Lihula_vallavalitsus, lk 6
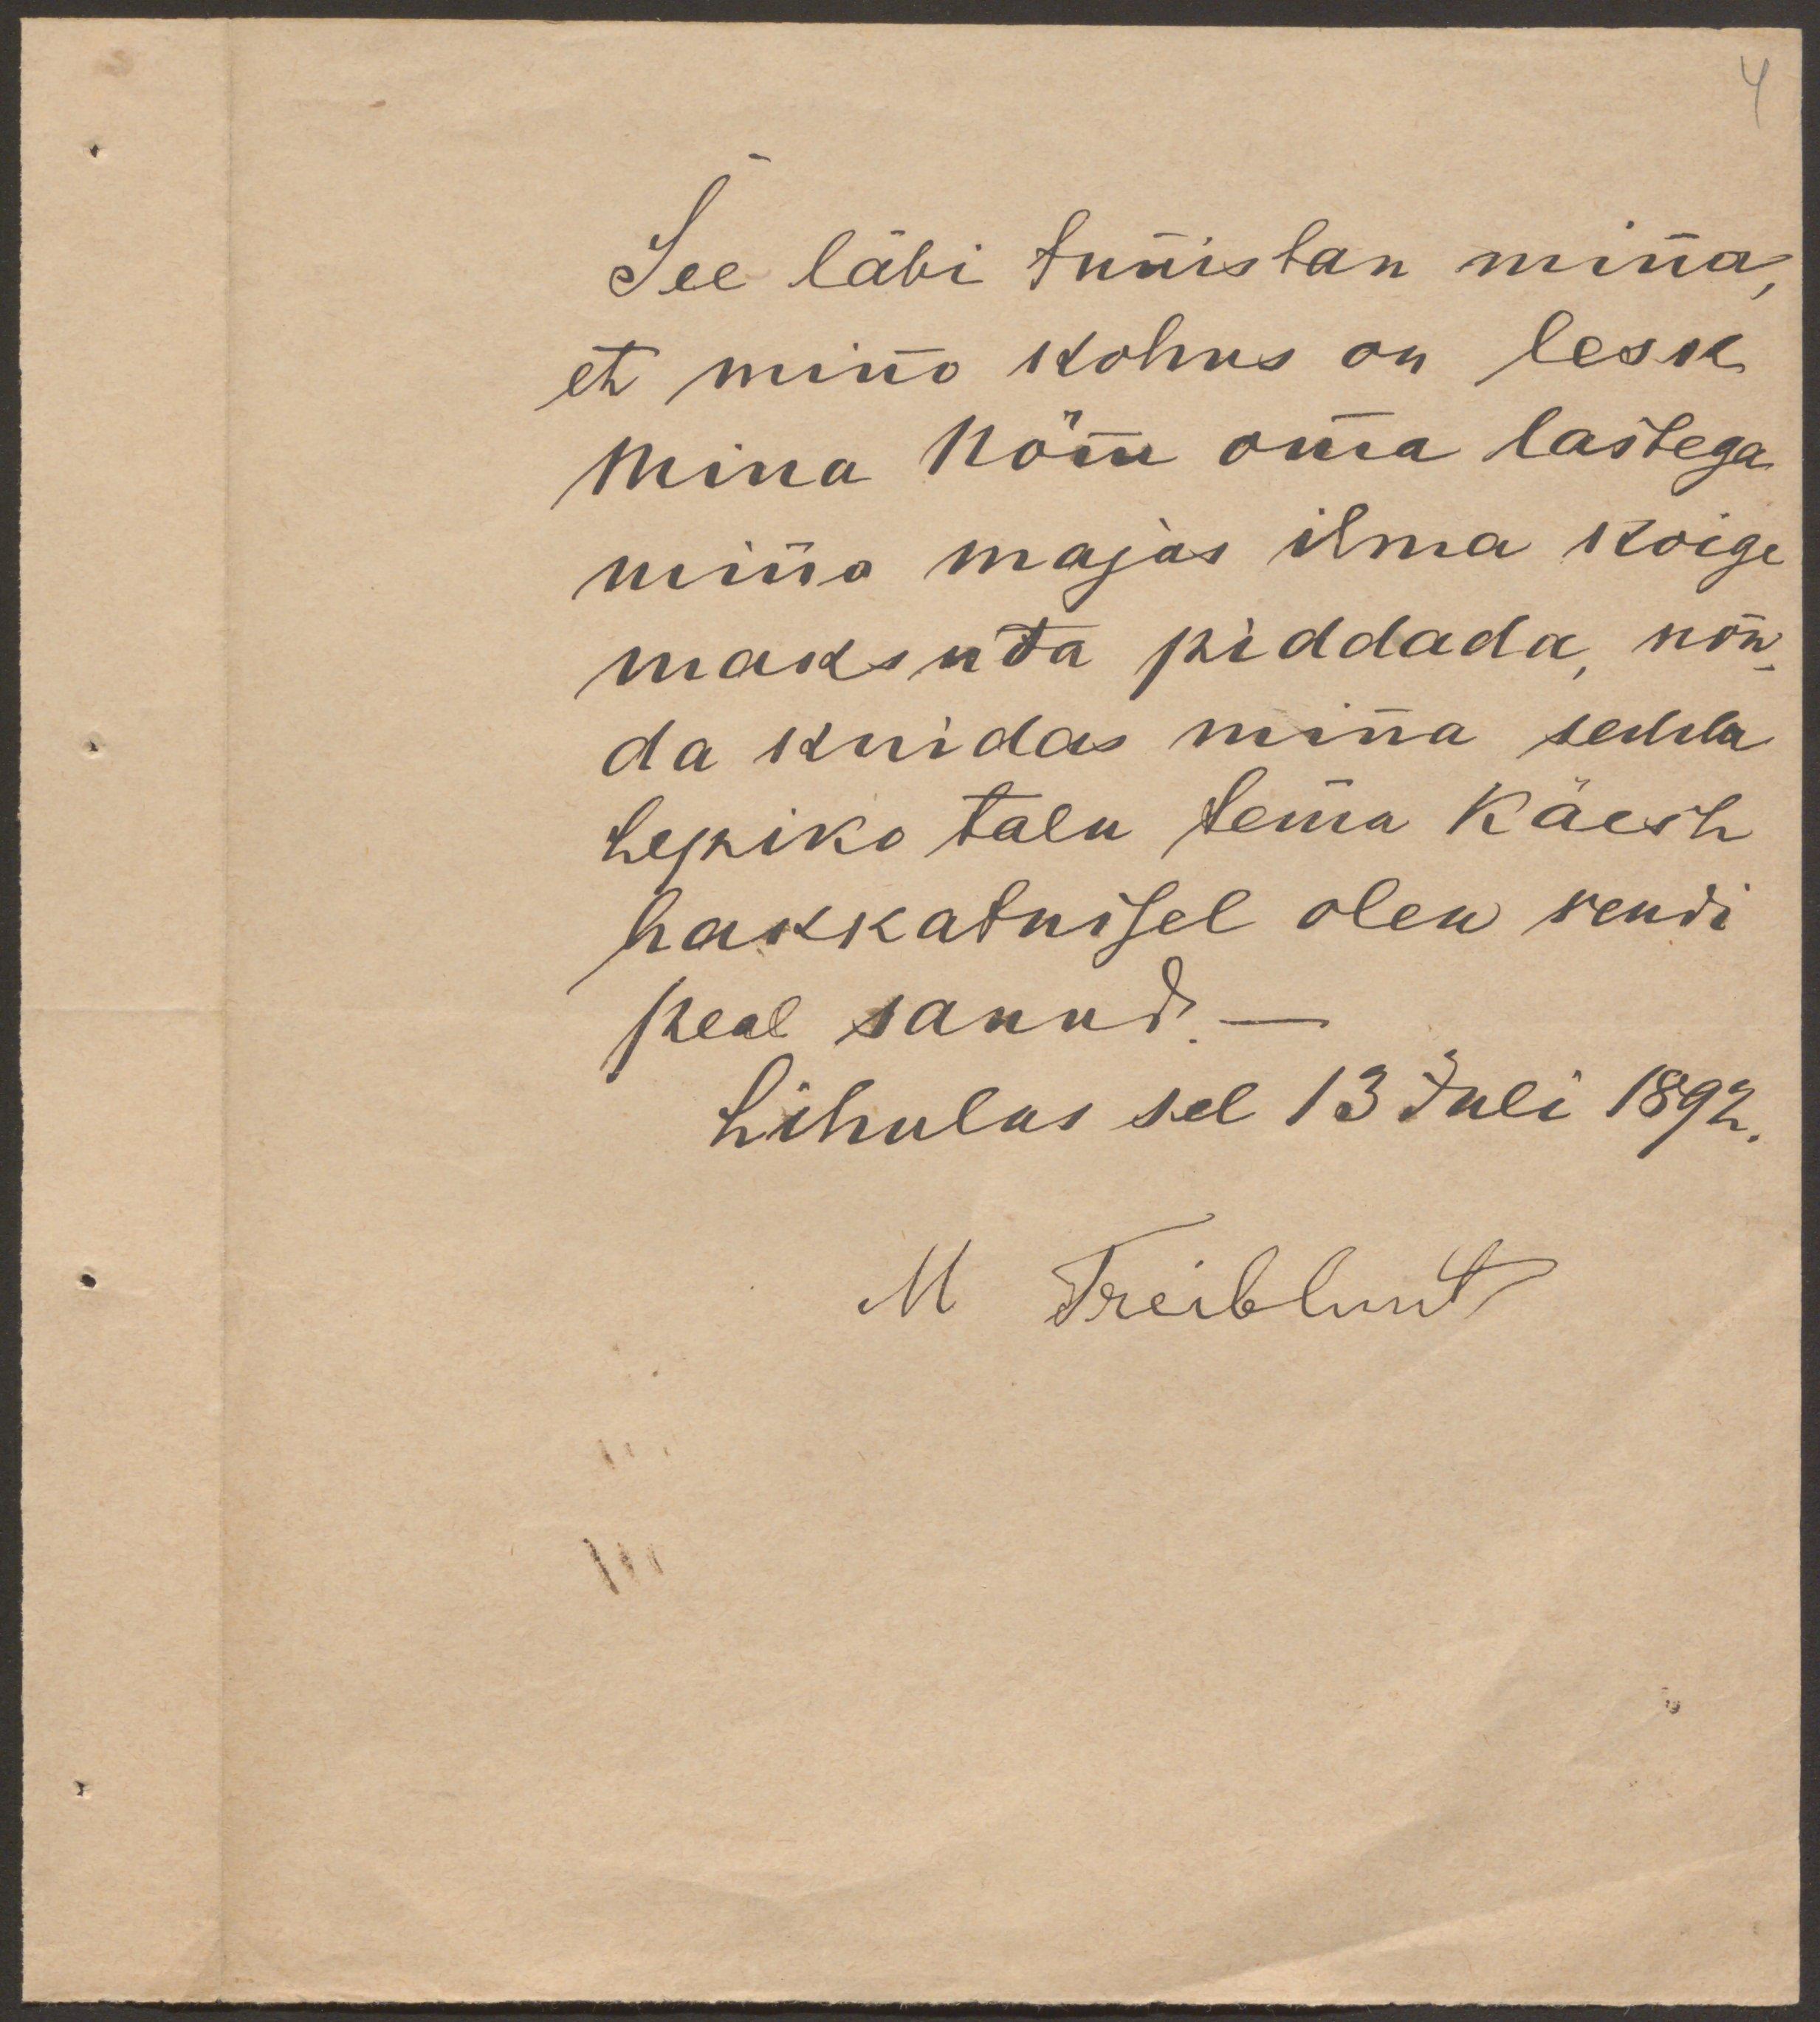
See läbi tunnistan minna,
et mino kohus on lesk
Mina Nõmm omma lastega
minno majas ilma koige
maksuta piddada nõu-
da kuidas minna sedda
Lepiko talu temma käest
hakkatussel olen rendi
peal sanud.
Lihulus sel 13 Juli 1892.
M Treiblunt